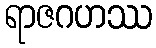
ရာဇဂဟဿ